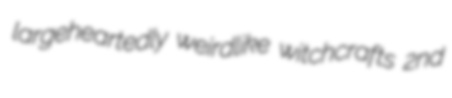
largeheartedly weirdlike witchcrafts 2nd